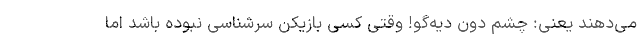
می‌دهند یعنی: چشم دون دیه‌گو! وقتی کسی بازیکن سرشناسی نبوده باشد اما